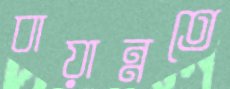
বায়ান্নতে